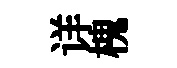
详槐